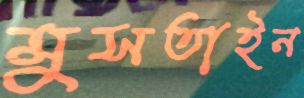
মুসতাইন